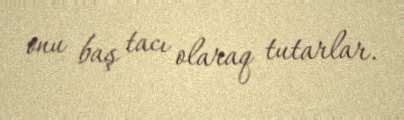
onu baş tacı olaraq tutarlar.